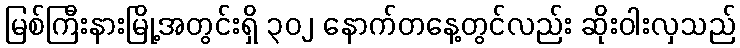
မြစ်ကြီးနားမြို့အတွင်းရှိ ၃၀၂ နောက်တနေ့တွင်လည်း ဆိုးဝါးလှသည်